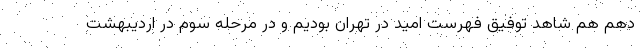
دهم هم شاهد توفیق فهرست امید در تهران بودیم و در مرحله سوم در اردیبهشت